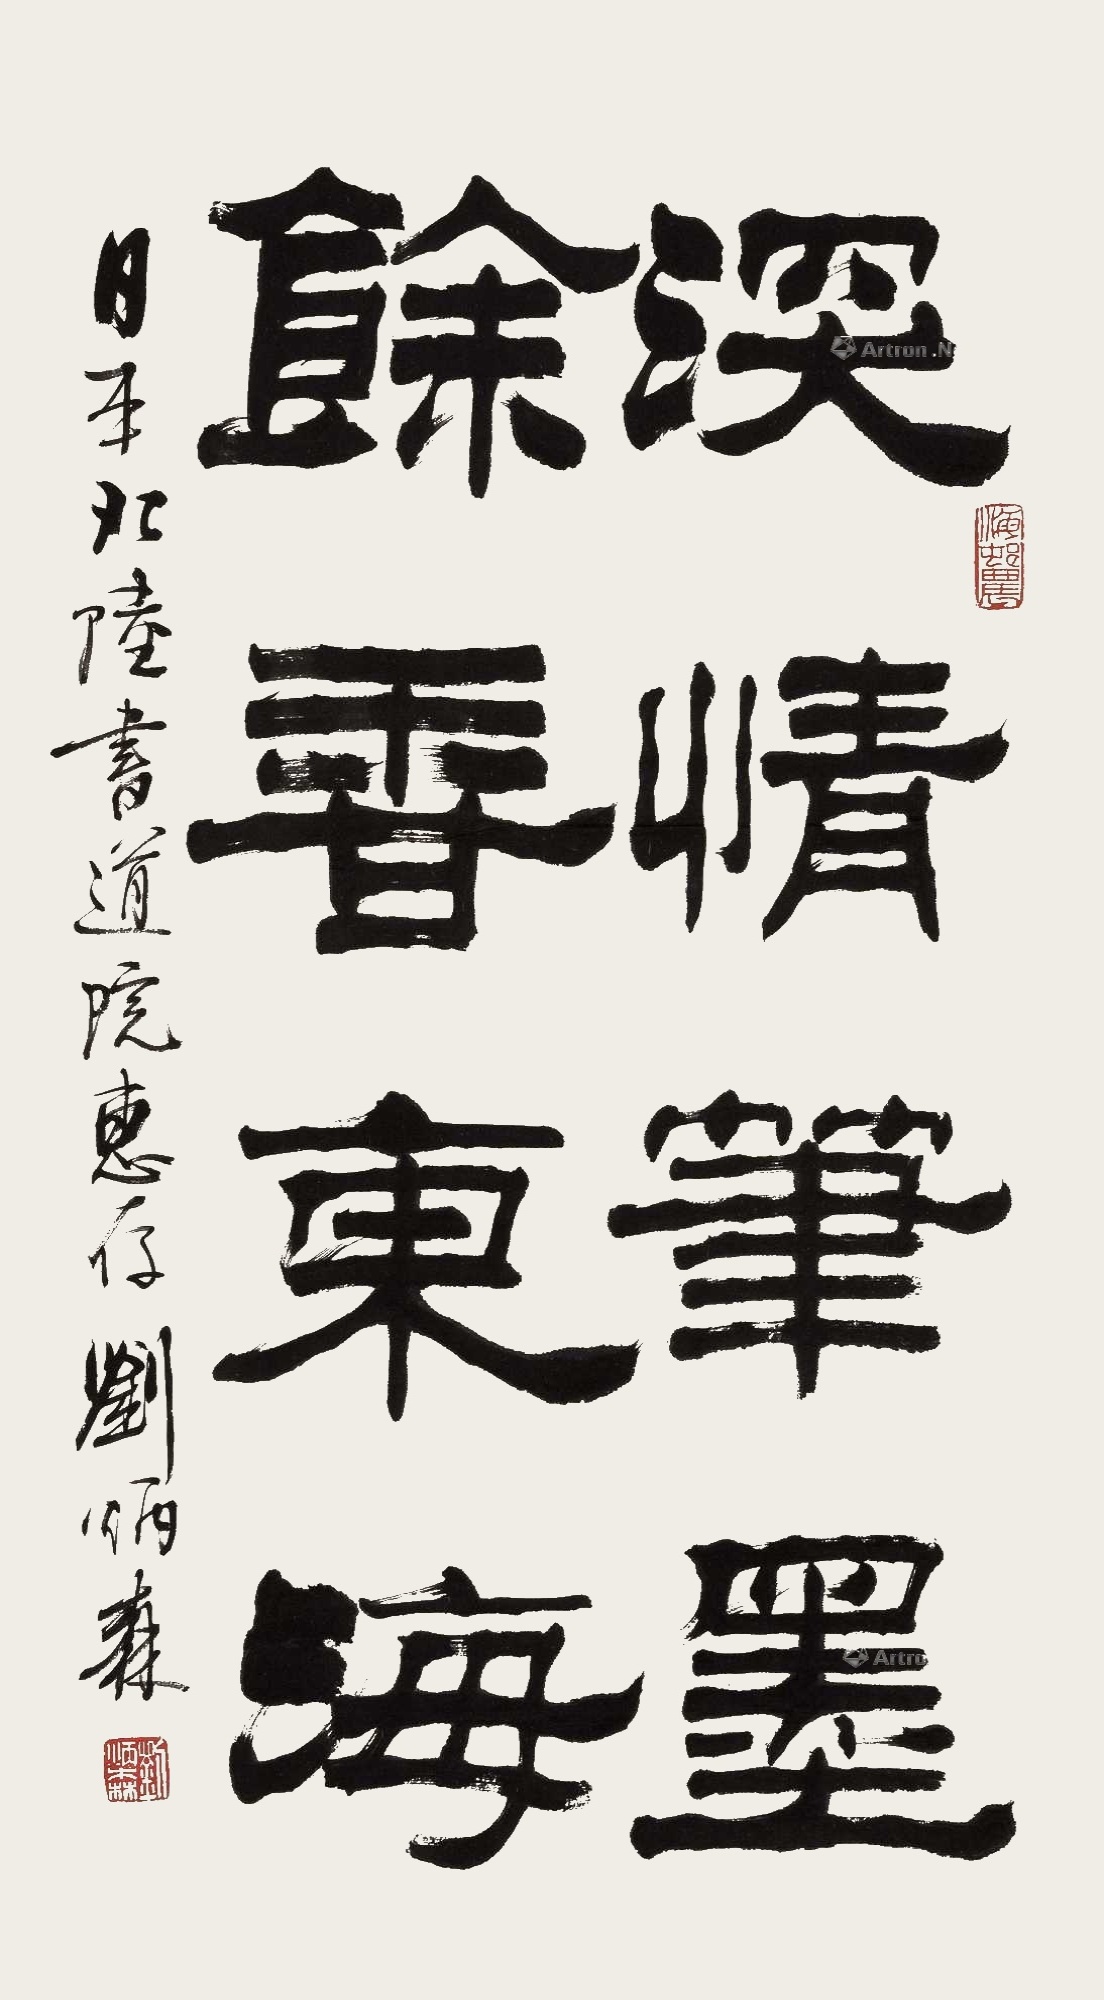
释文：深情笔墨，余香东海。日本北陆书道院惠存。刘炳森。